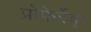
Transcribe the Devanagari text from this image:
प्रोफेर्रेद्।